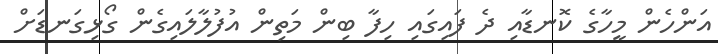
އަންހެން މީހާގެ ކޮނޑާއި ދެ ފައިގައި ހިފާ ބިން މަތިން އުފުލާލައިގެން ގޯޅިގަނޑަށް